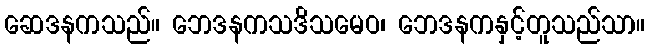
ဆေဒနကသည်။ ဘေဒနကသဒိသမေဝ၊ ဘေဒနကနှင့်တူသည်သာ။